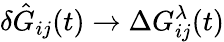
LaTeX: \delta\hat{G}_{ij}(t)\rightarrow\Delta G_{ij}^{\lambda}(t)